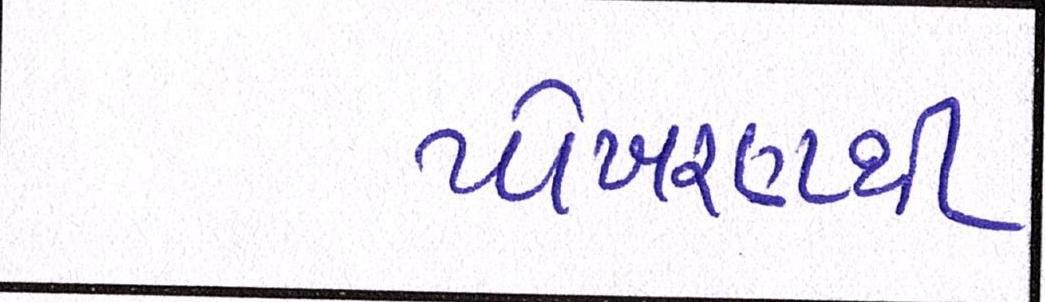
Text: પોખરણથી